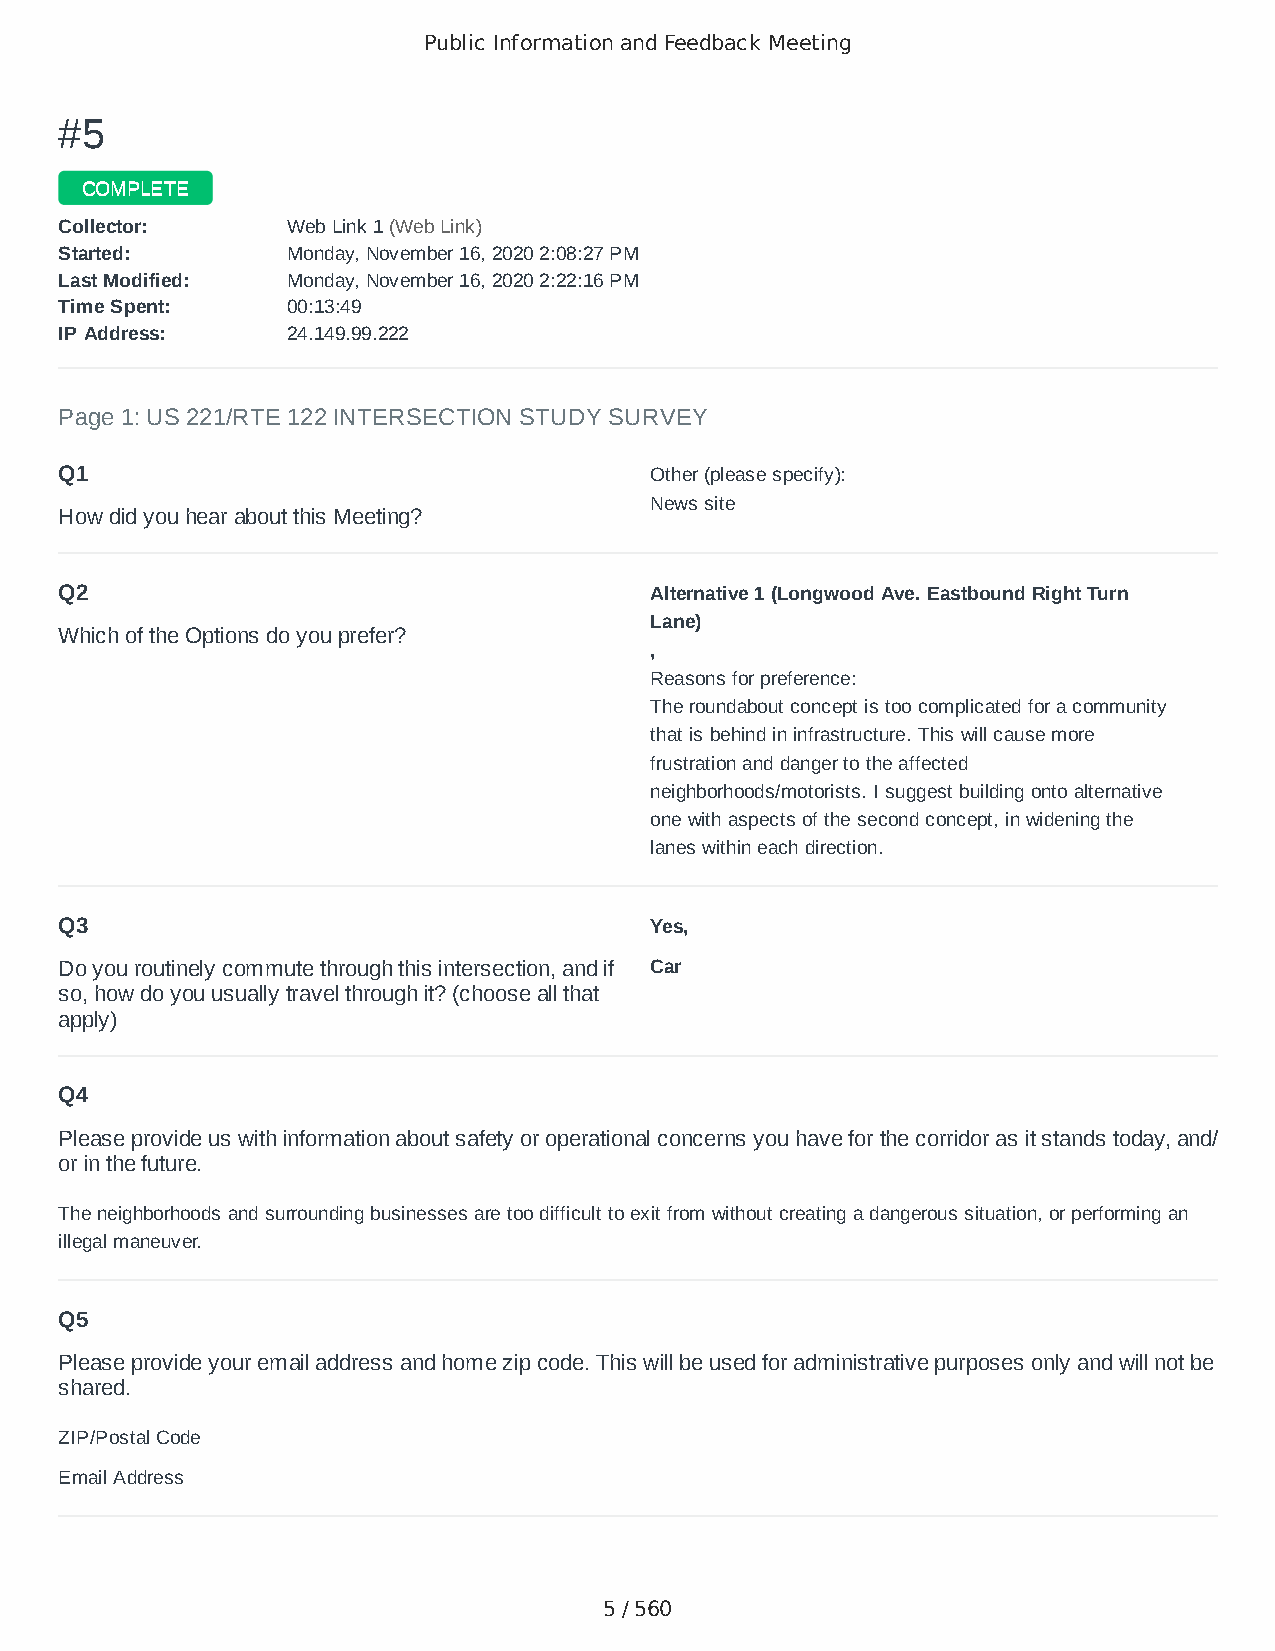
Public Information and Feedback Meeting
 ##55
 CCOOMMPPLLEETTEE
 CCoolllleeccttoorr:: WWeebb LLiinnkk 11 ((WWeebb LLiinnkk))
 SSttaarrtteedd:: MMoonnddaayy,, NNoovveemmbbeerr 1166,, 22002200 22::0088::2277 PPMM
 LLaasstt MMooddiiffiieedd:: MMoonnddaayy,, NNoovveemmbbeerr 1166,, 22002200 22::2222::1166 PPMM
 TTiimmee SSppeenntt:: 0000::1133::4499
 IIPP AAddddrreessss:: 2244..114499..9999..222222
 Page 1: US 221/RTE 122 INTERSECTION STUDY SURVEY
 Q1                                     Other (please specify):
 News site
 How did you hear about this Meeting?
 Q2                                     Alternative 1 (Longwood Ave. Eastbound Right Turn
 Lane)
 Which of the Options do you prefer?
 ,
 Reasons for preference:
 The roundabout concept is too complicated for a community
 that is behind in infrastructure. This will cause more
 frustration and danger to the affected
 neighborhoods/motorists. I suggest building onto alternative
 one with aspects of the second concept, in widening the
 lanes within each direction.
 Q3                                     Yes,
 Do you routinely commute through this intersection, and if Car
 so, how do you usually travel through it? (choose all that
 apply)
 Q4
 Please provide us with information about safety or operational concerns you have for the corridor as it stands today, and/
 or in the future.
 The neighborhoods and surrounding businesses are too difficult to exit from without creating a dangerous situation, or performing an
 illegal maneuver.
 Q5
 Please provide your email address and home zip code. This will be used for administrative purposes only and will not be
 shared.
 ZIP/Postal Code                        24523
 Email Address                          oscarjreptar@gmail.com
 5 / 560